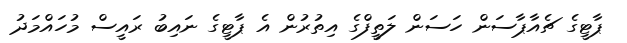
ޕާޓީގެ ޗެެއާޕާސަން ހަސަން ލަތީފްގެ އިތުރުން އެ ޕާޓީގެ ނައިބު ރައީސް މުހައްމަދު